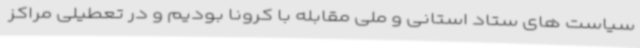
سیاست های ستاد استانی و ملی مقابله با کرونا بودیم و در تعطیلی مراکز